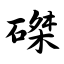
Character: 磔